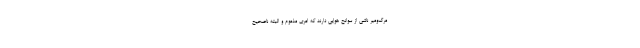
مرگ‌ومیر ناشی از سوانح‌ هوایی دارند که امری مذموم و البته ناصحیح‌